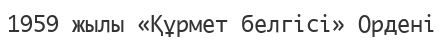
1959 жылы «Құрмет белгісі» Ордені